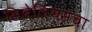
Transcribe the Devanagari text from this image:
सिबेलियसचा